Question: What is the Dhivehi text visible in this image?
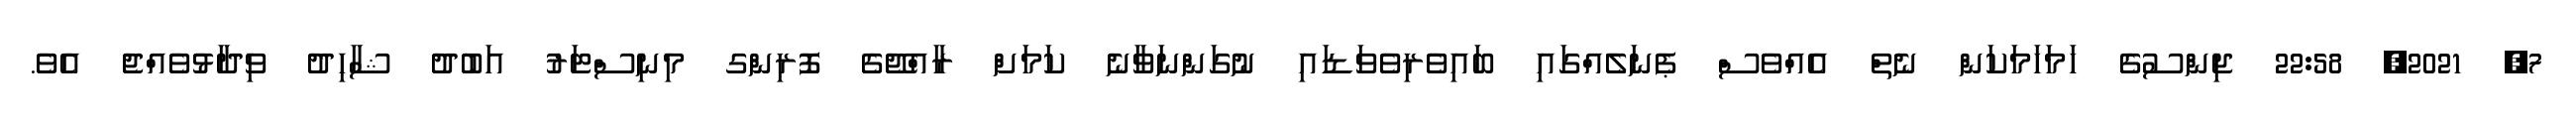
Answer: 7, 2021, 22:58 ޖިންސުގެ ހަމަހަމަކަން ނެތް އެއްވެސް ޕެނަލެއްގައި ބައިވެރިވެވަޑައި ނުގަންނަވާނެ ކަމަށް ރާއްޖޭގެ ފޮރިންގ މިނިސްޓަރު އަބުދު ޝާހިދު ވިދާޅުވެއްޖެ އެވެ.